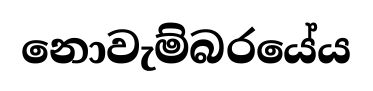
නොවැම්බරයේය